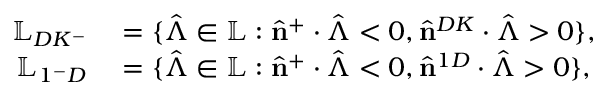
\begin{array} { r l } { \mathbb { L } _ { D K ^ { - } } } & { { } = \{ \hat { \boldsymbol { \Lambda } } \in \mathbb { L } : \hat { \mathbf { n } } ^ { + } \cdot \hat { \boldsymbol { \Lambda } } < 0 , \hat { \mathbf { n } } ^ { D K } \cdot \hat { \boldsymbol { \Lambda } } > 0 \} , } \\ { \mathbb { L } _ { 1 ^ { - } D } } & { { } = \{ \hat { \boldsymbol { \Lambda } } \in \mathbb { L } : \hat { \mathbf { n } } ^ { + } \cdot \hat { \boldsymbol { \Lambda } } < 0 , \hat { \mathbf { n } } ^ { 1 D } \cdot \hat { \boldsymbol { \Lambda } } > 0 \} , } \end{array}